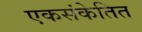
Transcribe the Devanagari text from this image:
एकसंकेतित